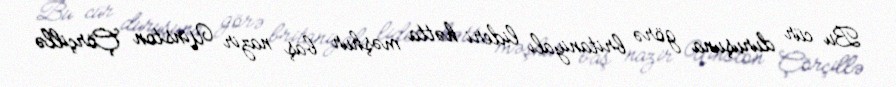
Bu cür duruşuna görə britaniyalı lideri hətta məşhur baş nazir Uinston Çörçillə